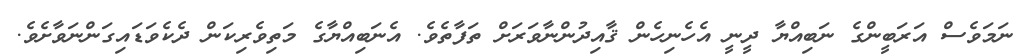
ނަމަވެސް އަރަބީންގެ ނަބިއްޔާ ދީނީ އެހެނިހެން ޤާއިދުންނާވަރަށް ތަފާތެވެ. އެނަބިއްޔާގެ މަތިވެރިކަން ދެކެވަޑައިގަންނަވާށެވެ.